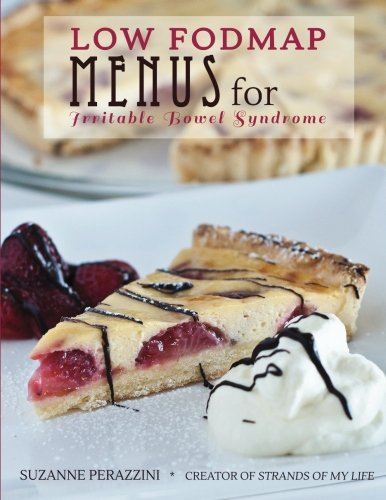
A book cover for Low FODMAP Menus for Irritable Bowel Syndrome: Menus for those on a low FODMAP diet; Suzanne Perazzini; Health, Fitness & Dieting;